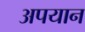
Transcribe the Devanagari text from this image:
अपयान